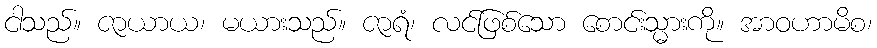
ငါသည်။ ဇာယာယ၊ မယားသည်။ ဇာရံ၊ လင်ဖြစ်သော စောင်းသ္မားကို။ အာဝဟာမိစ၊